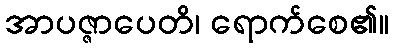
အာပဇ္ဇာပေတိ၊ ရောက်စေ၏။